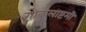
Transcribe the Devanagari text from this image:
गोकुलाष्टमी